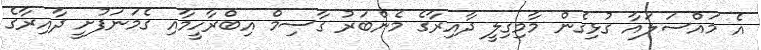
އެ މައްސަލައާ ގުޅިގެން މާމިގިލީ ދާއިރާގެ މެންބަރު ގާސިމް އިބްރާހީމާއި ގެމަނަފުށީ ދާއިރާގެ